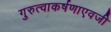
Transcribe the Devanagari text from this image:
गुरुत्वाकर्षणाएवजी